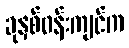
ခုနှစ်ဝန်းကျင်က